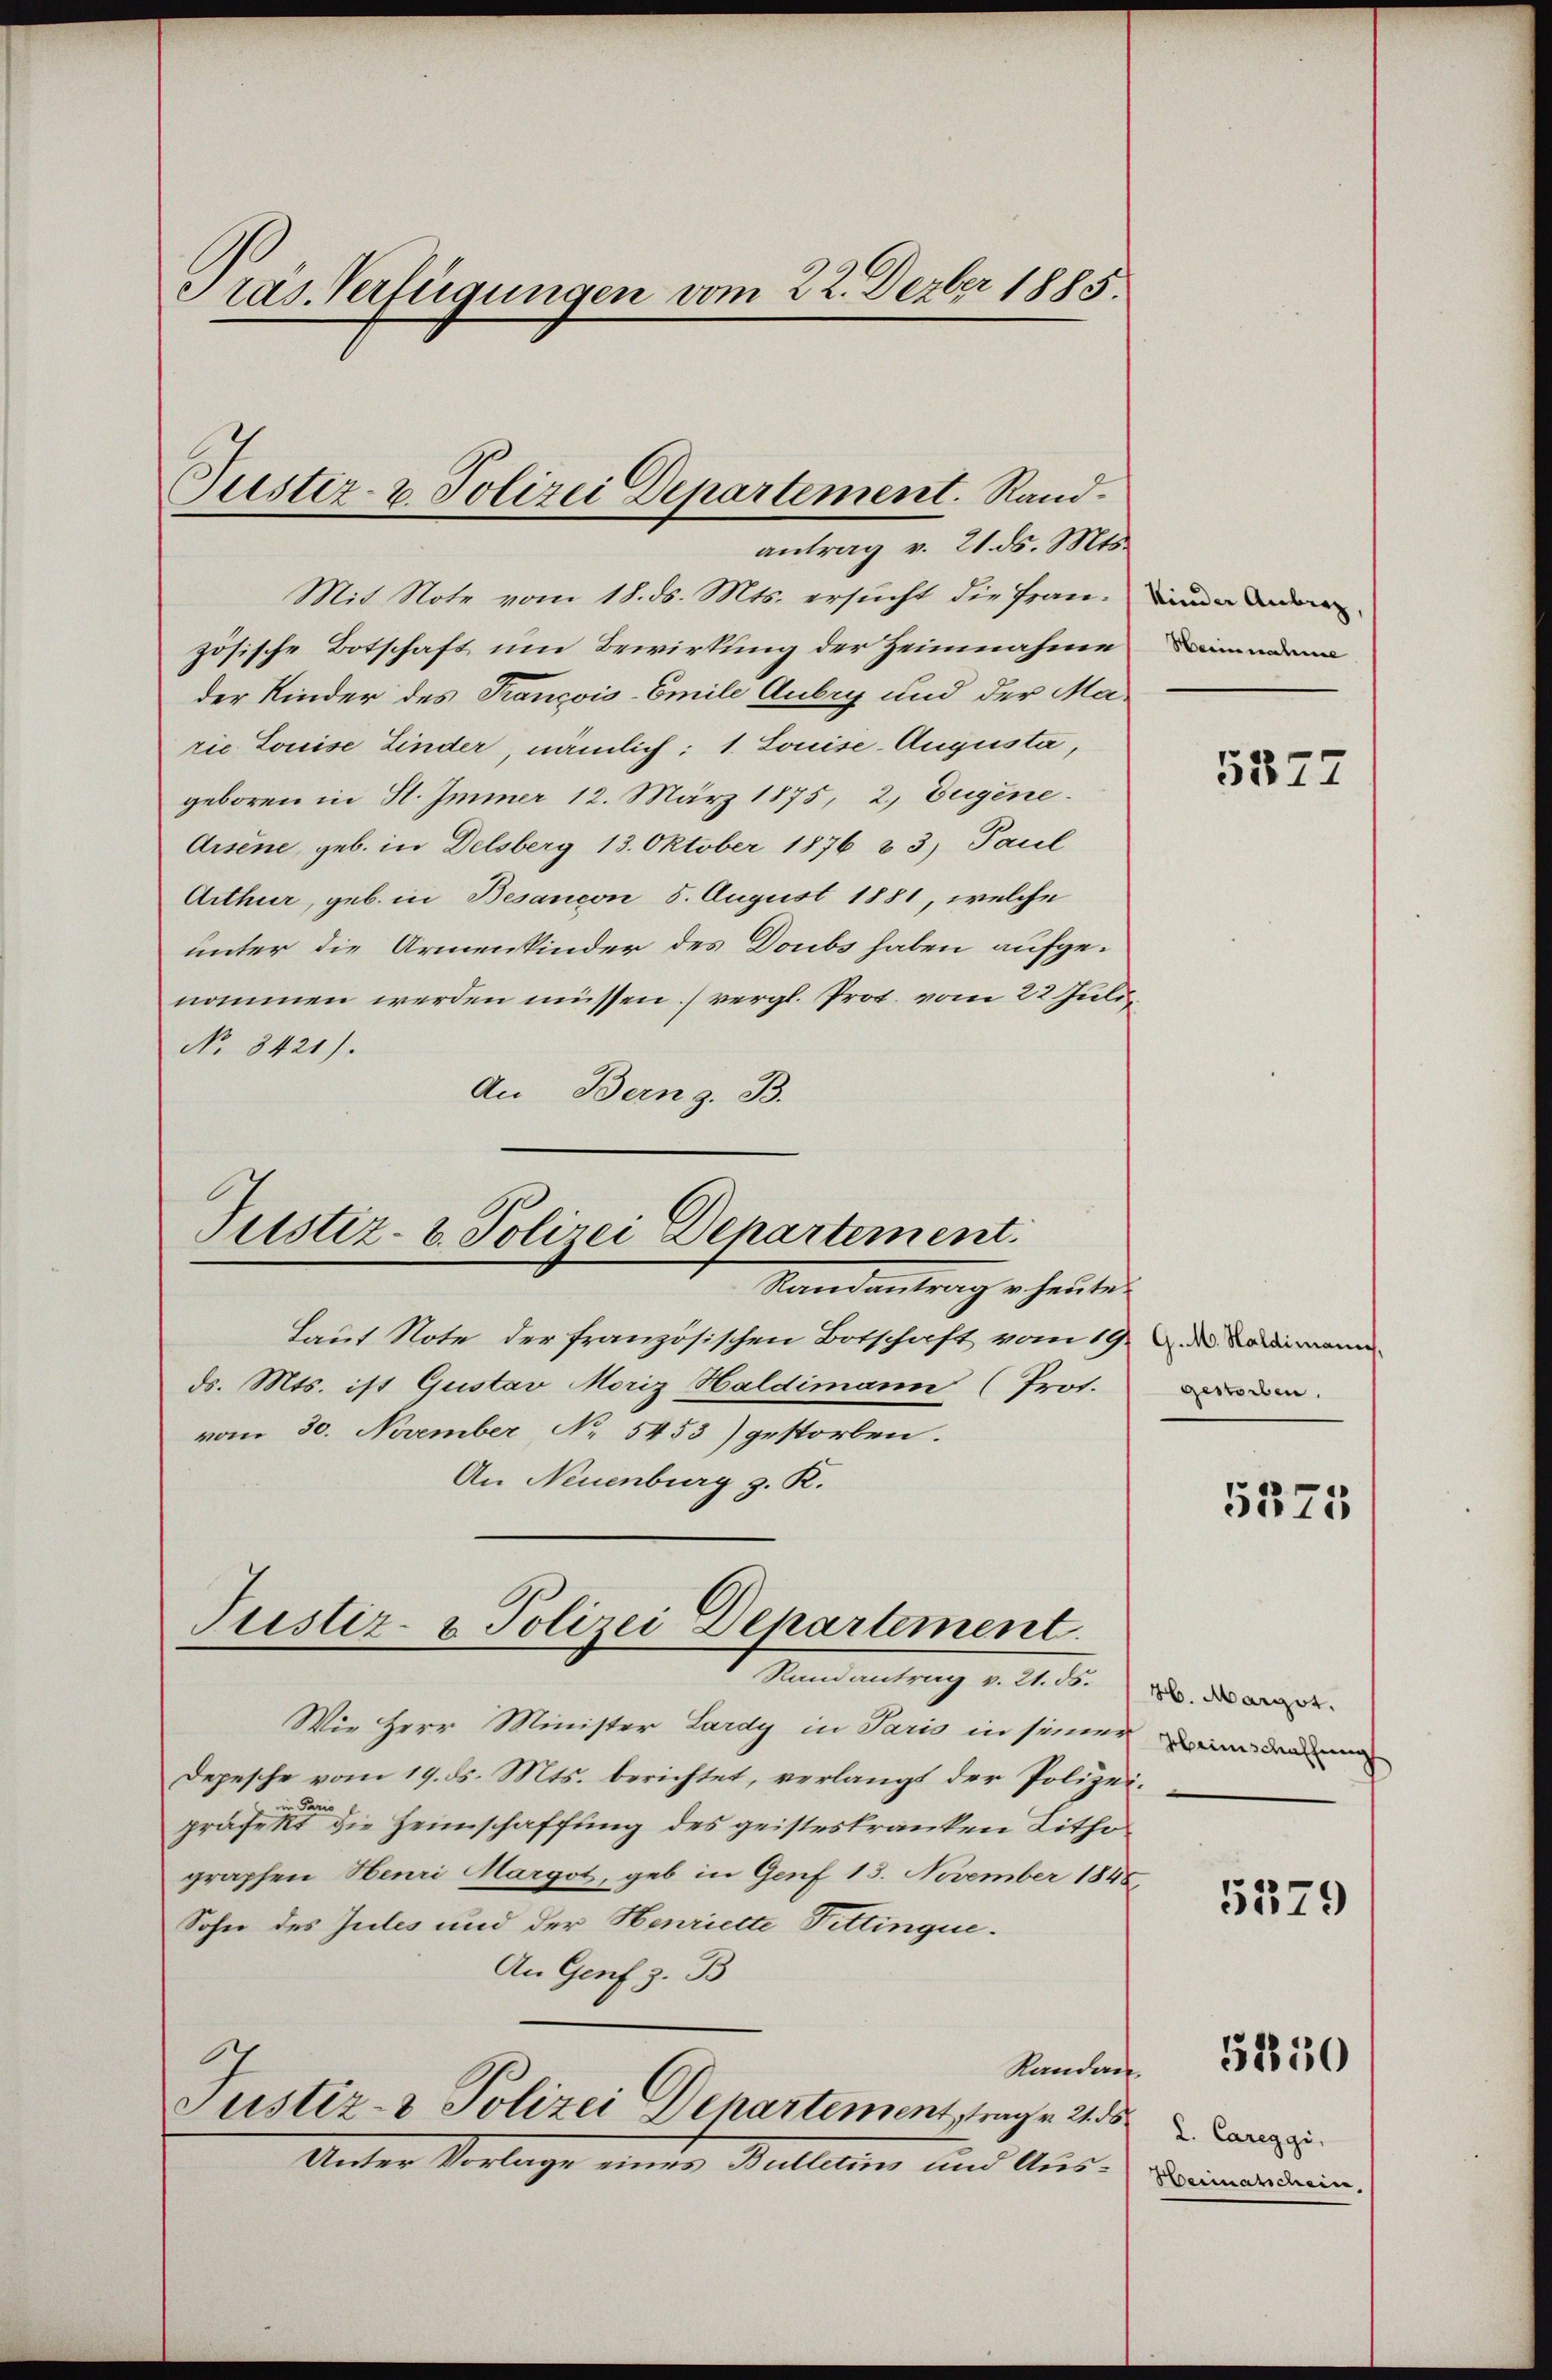
Pras. Verfügungen vom 22. Dezber 1885.

Mit Note vom 18. ds. Mts. ersucht die Französische Botschaft um Bewirkung der Heinnahme
der Kinder des Trançois-Emile Aubry und der Marie Louise Linder, nämlich: 1. Louise-Augusta,
geboren in H. Immer 12. März 1875, 2. Eugene.
Arsene, geb. in Delsberg 13. Oktober 1876 & 3. Paul
Arthur, geb. in Besancon 5. August 1881, welche
unter die Armenkinder des Doubs haben aufgenommen werden müssen) vergl. Prot. vom 22. Juli
No 8421).
An Bern z. B.

Justiz- & Polizei Departement. Randantrag v. 21. ds. Mts.

Pustiz- & Polizei Departement.
Mandantrag er heute
Laut Note der französischen Botschaft vom 19. d. d. Sodann

Justiz- & Polizei Departement.
 Hand eintrag d. d. d.

ds. Mts. ist Gustav Moriz Haldimann (Prot.
vom 30. November No 5453) gestorben.
An Neuenburg z. R.

Wie Herr Minister Lardy in Paris in seiner den
Depesche vom 19. ds. Mts. berichtet, verlangt der Polizeie
präfekt die Heimschaffung des geisteskranken Lithographen Henri Margot, geb in Genf 13. November 1848,
Sohn des Jules und der Henriette Fittingue.
An Genf z. B
Kandan
Justiz- & Polizei Departement trage 2. 5
Unter Vorlage eines Bulletins und Aus¬

Kinder Anberg,
Heirateure

5377

gestorben.

5375

26. Margot.

5379

5230

L. Careggi,
Weimatschein